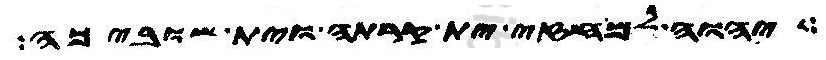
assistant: יהוה למחזי ית קרתה וית שוביכה